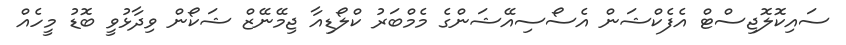
ސައިކޮލޮޖިސްޓް އެފެކްޝަން އެސޯސިއޭޝަންގެ މެމްބަރު ކްލޯޑިއާ ޖިމޭނޭޒް ޝަކޯން ވިދާޅުވީ ބޮޑު މީހެއް